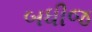
બધીજ